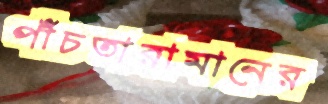
পাঁচতারামানের